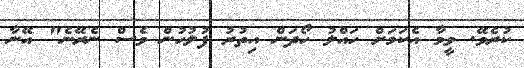
ކުރެވޭ. ވީމާ އެކަމަށް ހައްލު ހޯދަން އިތުރު ފުލުހުން ވެސް ނެރޭނެ" އޭނާ